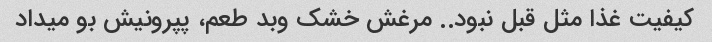
کیفیت غذا مثل قبل نبود.. مرغش خشک و‌بد طعم، پپرونیش بو میداد